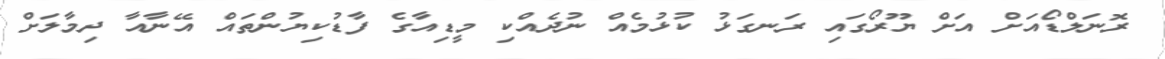
ރޮނަލްޑޯއަށް އަށް ޔޫރޯގައި ރަނގަޅު ކުޅުމެއް ނުދެއްކި މީޑިއާގެ ފާޑުކިޔުންތައް އޭނާއާ ދިމާލަށް